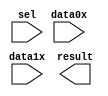
module mux_n_pix (
	data0x,
	data1x,
	sel,
	result);

	input	[19:0]  data0x;
	input	[19:0]  data1x;
	input	  sel;
	output	[19:0]  result;

endmodule